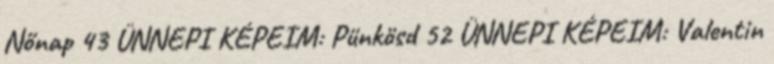
Nőnap 43 ÜNNEPI KÉPEIM: Pünkösd 52 ÜNNEPI KÉPEIM: Valentin